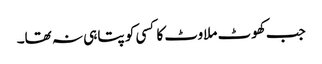
جب کھوٹ ملاوٹ کا کسی کو پتا ہی نہ تھا۔